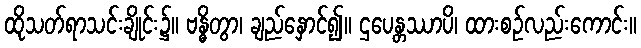
ထိုသတ်ရာသင်းချိုင်း၌။ ဗန္ဓိတွာ၊ ချည်နှောင်၍။ ဌပေန္တဿာပိ၊ ထားစဉ်လည်းကောင်း။